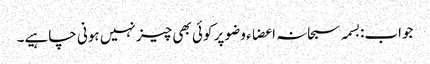
جواب:بسمہ سبحانہ اعضاء وضو پر کوئی بھی چیز نہیں ہونی چاہیے۔